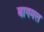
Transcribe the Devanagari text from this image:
बागमल